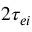
2 \tau _ { e i }